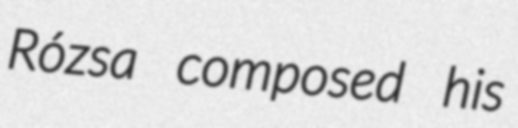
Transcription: Rózsa composed his